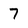
Character: 7